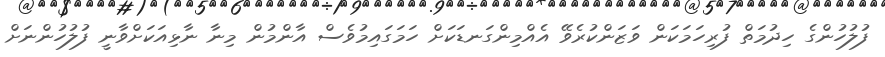
ފުލުހުންގެ ހިދުމަތް ފުރިހަމަކަން ވަޒަންކުރެވޭ އެއްމިންގަނޑަކަށް ހަމަގައިމުވެސް އާންމުން މިނާ ނާޅިއަކަށްވާނީ ފުލުހުންނަށް